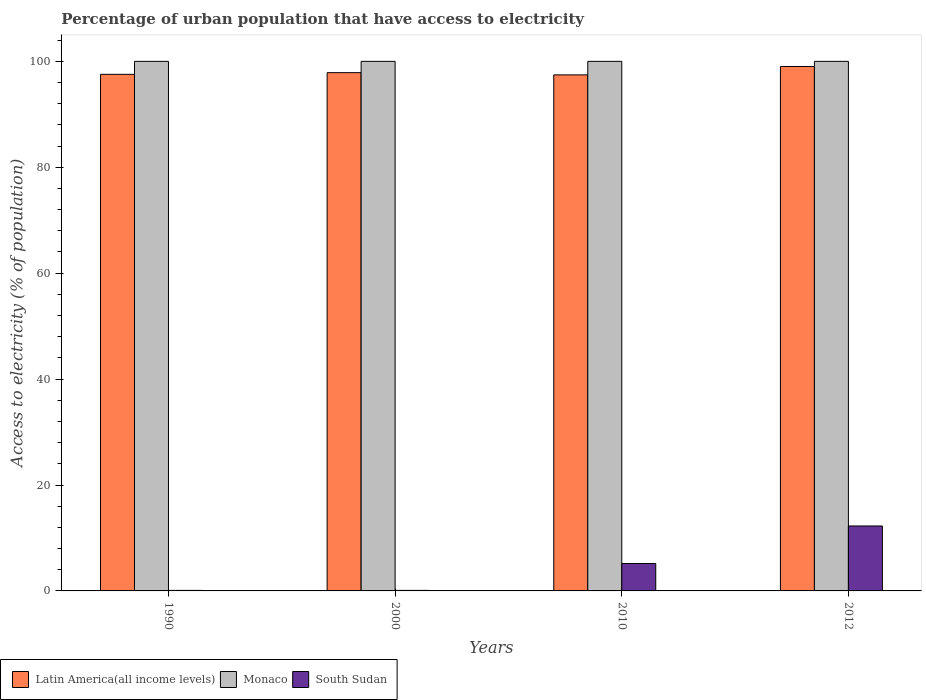
| Years | Latin America(all income levels) | Monaco | South Sudan |
 | --- | --- | --- | --- |
 | 1990 | 97.5 | 100 | 0.1 |
 | 2000 | 97.9 | 100 | 0.1 |
 | 2010 | 97.4 | 100 | 5.18 |
 | 2012 | 99 | 100 | 12.3 |